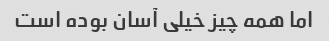
اما همه چیز خیلی آسان بوده است